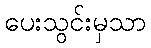
ပေးသွင်းမှသာ